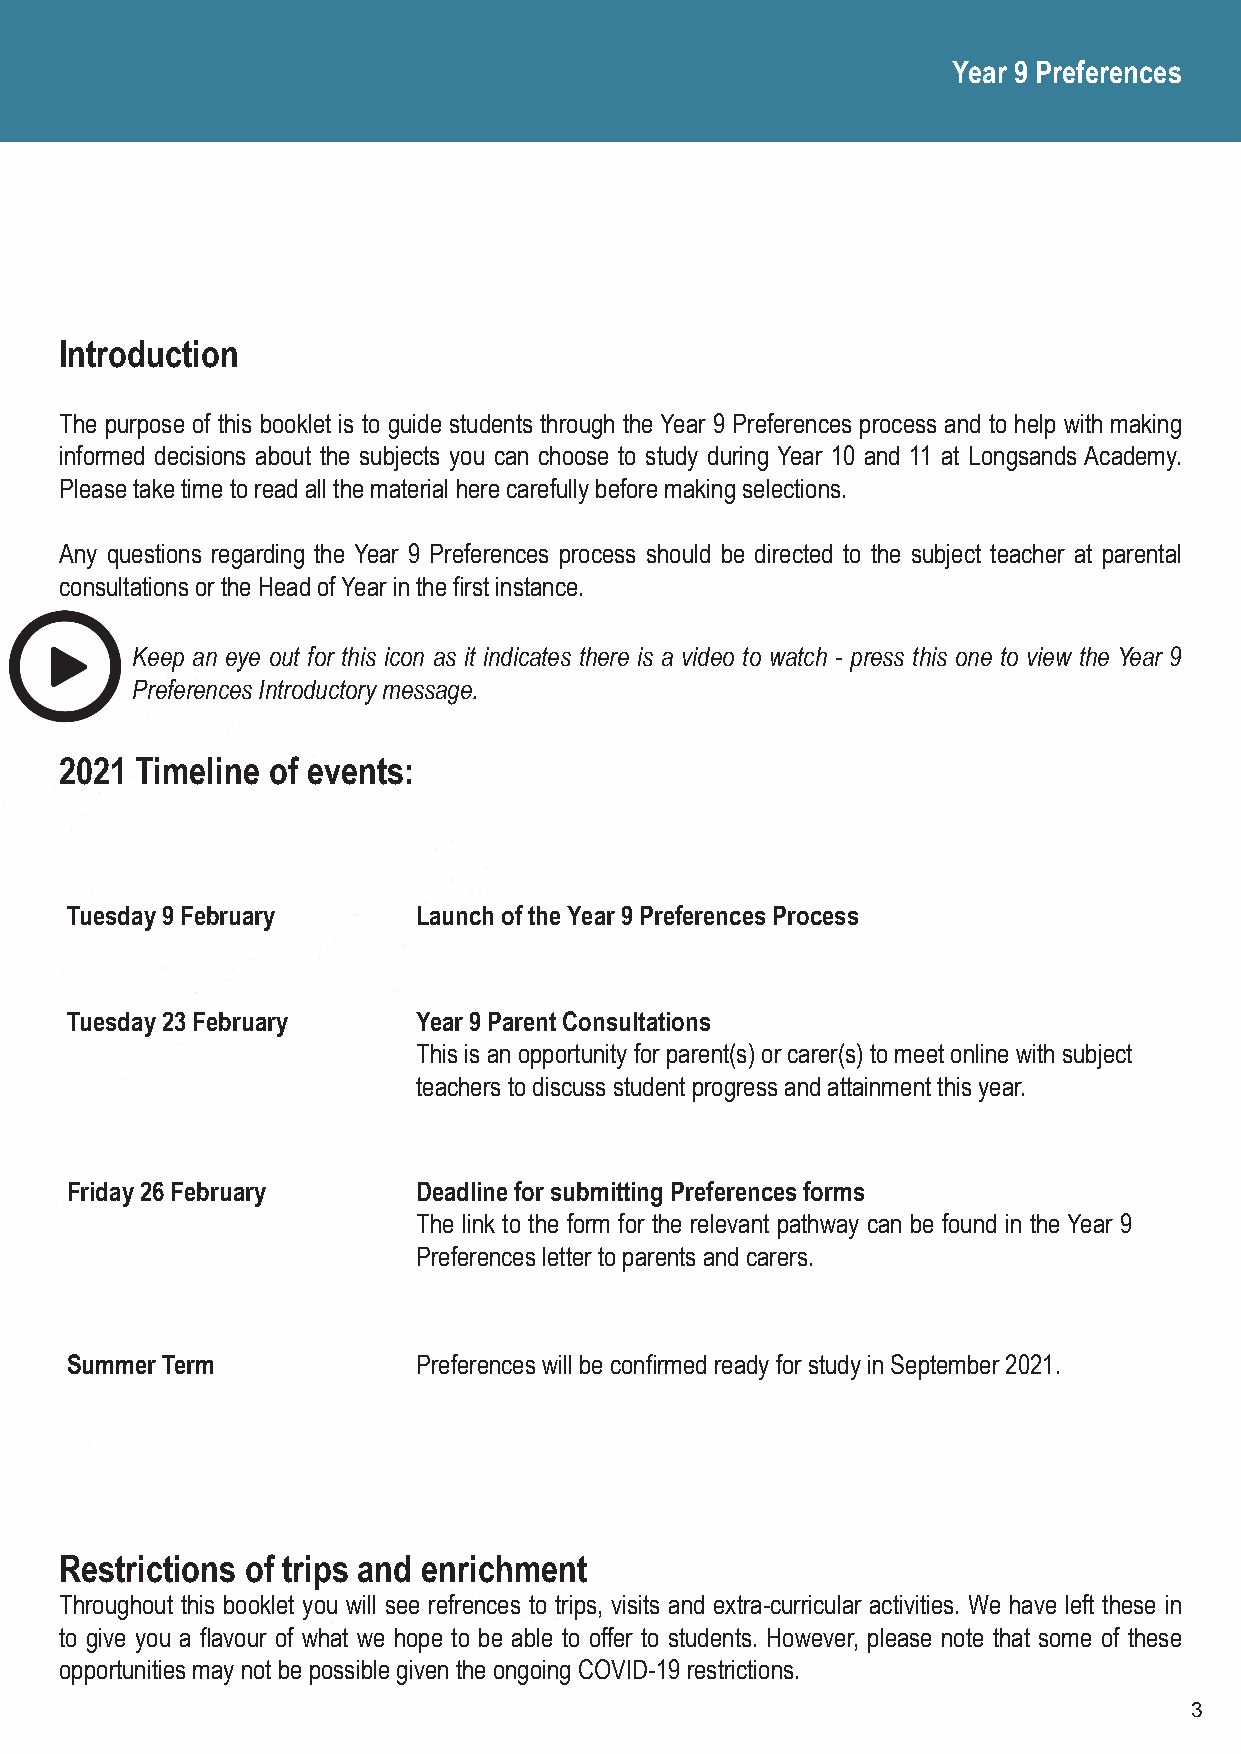
Year 9 Preferences
 Introduction
 The purpose of this booklet is to guide students through the Year 9 Preferences process and to help with making
 informed decisions about the subjects you can choose to study during Year 10 and 11 at Longsands Academy.
 Please take time to read all the material here carefully before making selections.
 Any questions regarding the Year 9 Preferences process should be directed to the subject teacher at parental
 consultations or the Head of Year in the first instance.
 Keep an eye out for this icon as it indicates there is a video to watch - press this one to view the Year 9
 Preferences Introductory message.
 2021 Timeline of events:
 Tuesday 9 February      Launch of the Year 9 Preferences Process
 Tuesday 23 February     Year 9 Parent Consultations
 This is an opportunity for parent(s) or carer(s) to meet online with subject
 teachers to discuss student progress and attainment this year.
 Friday 26 February      Deadline for submitting Preferences forms
 The link to the form for the relevant pathway can be found in the Year 9
 Preferences letter to parents and carers.
 Summer Term             Preferences will be confirmed ready for study in September 2021.
 Restrictions of trips and enrichment
 Throughout this booklet you will see refrences to trips, visits and extra-curricular activities. We have left these in
 to give you a flavour of what we hope to be able to offer to students. However, please note that some of these
 opportunities may not be possible given the ongoing COVID-19 restrictions.
 3